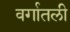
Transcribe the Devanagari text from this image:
वर्गातली